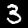
Label: 3